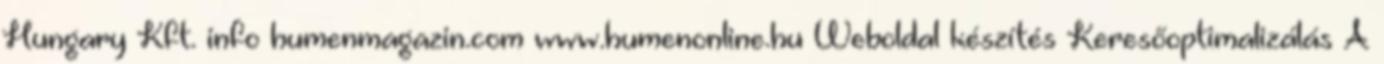
Hungary Kft. info humenmagazin.com www.humenonline.hu Weboldal készítés Keresőoptimalizálás A